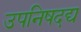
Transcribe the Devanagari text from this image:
उपनिषदद्य